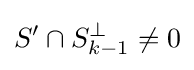
S'\cap S_{k-1}^{\perp }\neq {0}